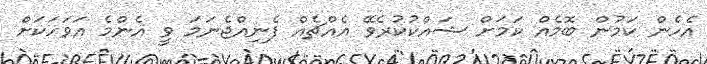
އެހެން ކަމުން ބޮމެއް ކަމަށް ޝައްކުކުރެވޭ އެއްޗެއް ފެނިއްޖެނަމަ ވީ އެންމެ އަވަހަކަށް